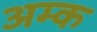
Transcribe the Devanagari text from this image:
अम्क